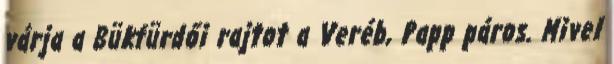
várja a Bükfürdői rajtot a Veréb, Papp páros. Mivel